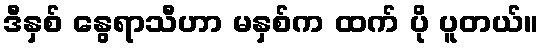
ဒီနှစ် နွေရာသီဟာ မနှစ်က ထက် ပို ပူတယ်။